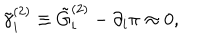
LaTeX: \tilde { \gamma } _ { i } ^ { ( 2 ) } \equiv \tilde { G } _ { i } ^ { ( 2 ) } - \partial _ { i } \pi \approx 0 ,